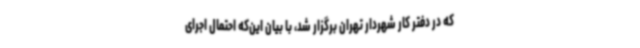
که در دفتر کار شهردار تهران برگزار شد، با بیان این‌که احتمال اجرای